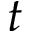
t